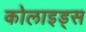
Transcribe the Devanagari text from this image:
कोलाइड्स